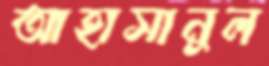
আহাসানুল